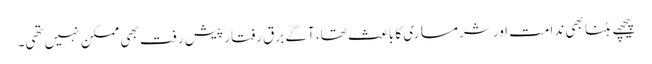
پیچھے ہٹنا بھی ندامت اور شرمساری کا باعث تھا، آگے برق رفتار پیش رفت بھی ممکن نہیں تھی۔